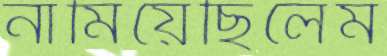
নামিয়েছিলেম